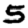
Digit: 5